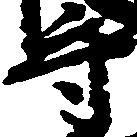
守